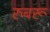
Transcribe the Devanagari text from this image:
रुबरू